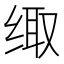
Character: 𮉪